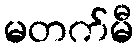
မတက်မီ